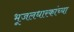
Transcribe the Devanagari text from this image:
भूजलधारकांच्या